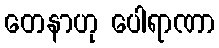
တေနာဟု ပေါရာဏာ